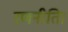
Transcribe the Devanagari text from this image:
रणनीति।